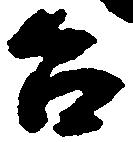
台